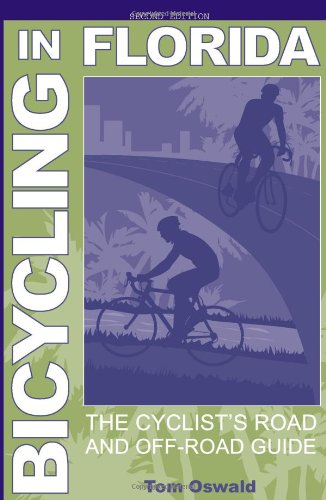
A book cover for Bicycling in Florida: The Cyclist's Road and Off-Road Guide; Tom Oswald; Travel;